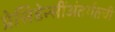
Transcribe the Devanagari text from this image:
प्रेसिडेन्सींअंतर्गतची